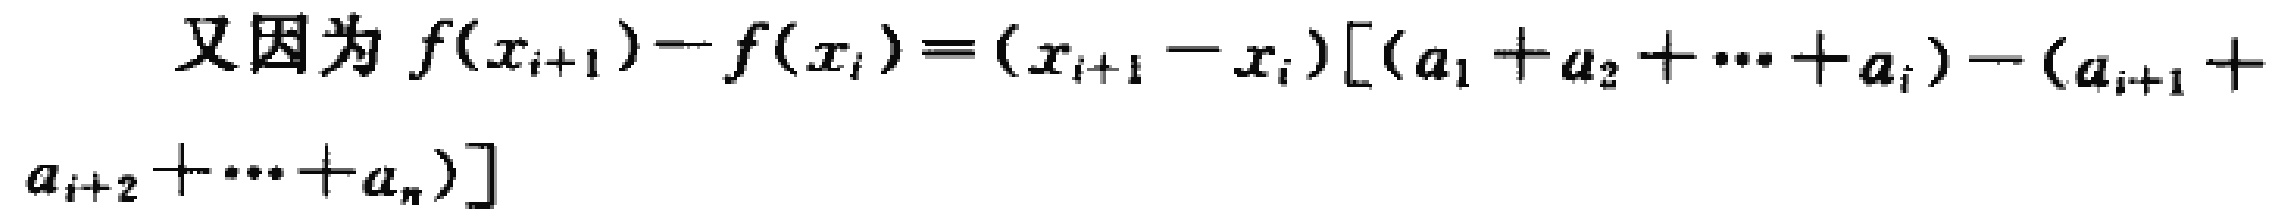
又因为 \(f(x_{i + 1}) - f(x_{i})=(x_{i + 1}-x_{i})[(a_{1}+a_{2}+\cdots +a_{i})-(a_{i + 1}+a_{i + 2}+\cdots +a_{n})]\)